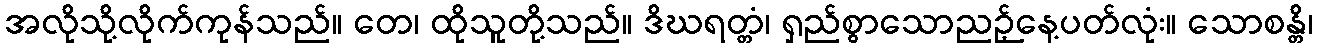
အလိုသို့လိုက်ကုန်သည်။ တေ၊ ထိုသူတို့သည်။ ဒိဃရတ္တံ၊ ရှည်စွာသောညဉ့်နေ့ပတ်လုံး။ သောစန္တိ၊